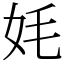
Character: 㚪